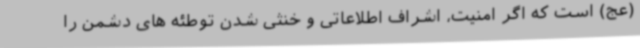
(عج) است که اگر امنیت، اشراف اطلاعاتی و خنثی شدن توطئه های دشمن را